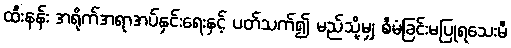
ထီးနန်း အရိုက်အရာအပ်နှင်းရေးနှင့် ပတ်သက်၍ မည်သို့မျှ စီမံခြင်းမပြုရသေးမီ